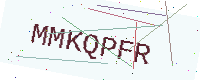
Text: MMKQPFR